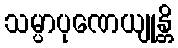
သမ္ပာပုဏေယျုန္တိ